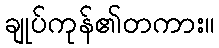
ချုပ်ကုန်၏တကား။